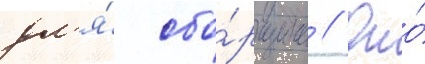
дл'я́ сбо́рщика // Оно́